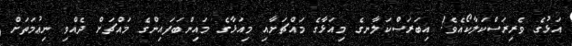
އަޅުގެ ވެރިރަސްކަލާކޯއެވެ! އިބަރަސްކަލާނގެ މިއަޅާގެ މައްޗަށާއި މިއަޅާގެ މައިންބަފައިންގެ މައްޗަށް ދެއްވި ނިޢުމަތަށް